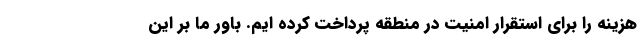
هزینه را برای استقرار امنیت در منطقه پرداخت کرده ایم. باور ما بر این